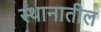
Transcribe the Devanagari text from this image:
स्थानातील